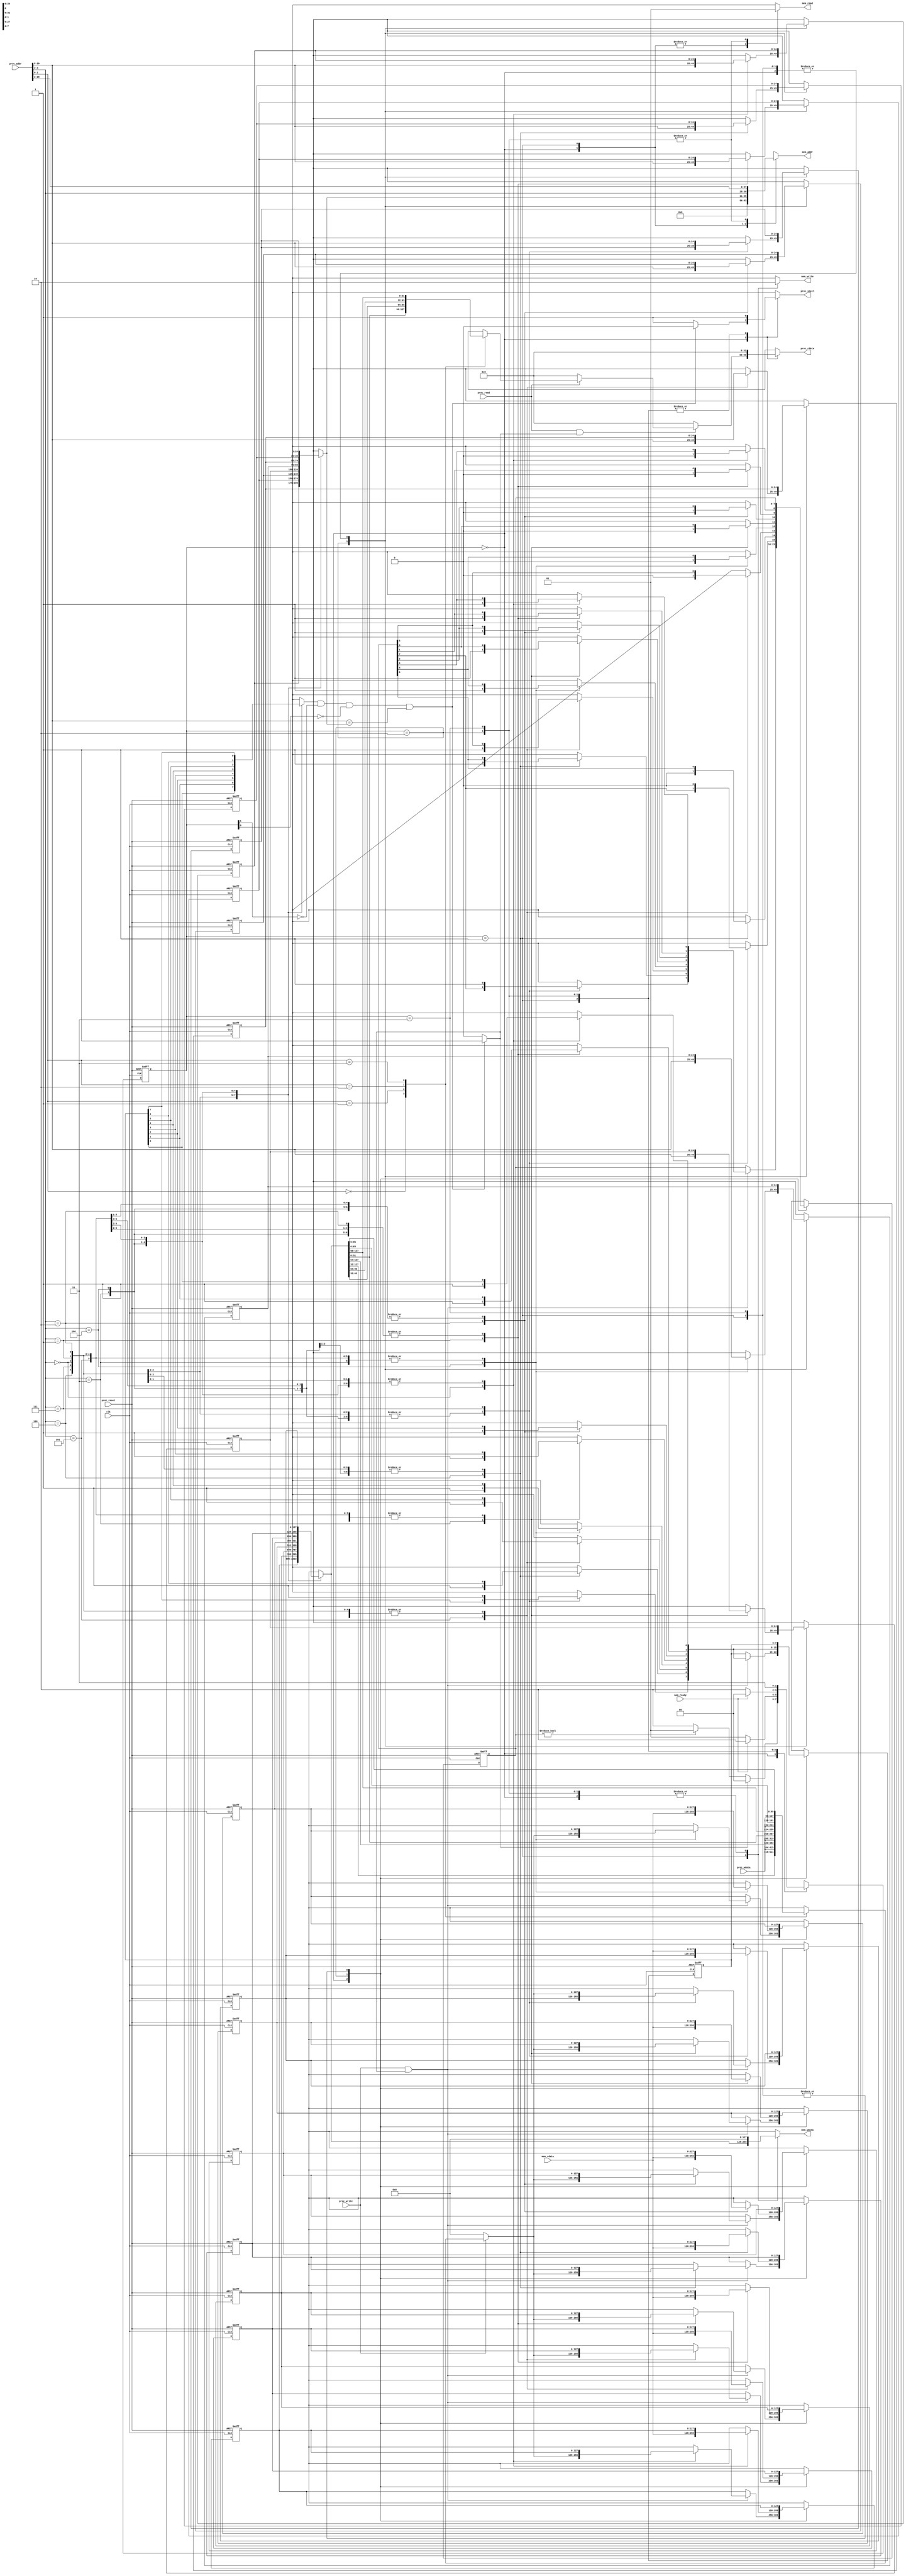
module cache(
    clk,
    proc_reset,
    proc_read,
    proc_write,
    proc_addr,
    proc_wdata,
    proc_stall,
    proc_rdata,
    mem_read,
    mem_write,
    mem_addr,
    mem_rdata,
    mem_wdata,
    mem_ready
);
    
//==== input/output definition ============================
    input          clk;
    // processor interface
    input          proc_reset;
    input          proc_read, proc_write;
    input   [29:0] proc_addr;
    input   [31:0] proc_wdata;
    output 	reg        proc_stall;
    output  reg [31:0] proc_rdata;
    // memory interface
    input  [127:0] mem_rdata;
    input          mem_ready;
    output   reg    mem_read, mem_write;
    output reg [27:0] mem_addr;
    output reg [127:0] mem_wdata;
    
//==== wire/reg definition ================================
    wire [1:0]read_and_write;
	assign read_and_write = {proc_read , proc_write};
	
	reg [127:0]block_0, block_1, block_2, block_3, block_4, block_5, block_6, block_7,block;
	reg [127:0]block_next_0, block_next_1, block_next_2, block_next_3, block_next_4, block_next_5, block_next_6, block_next_7, block_next;
	reg [7:0]dirty;
	reg [7:0]dirty_next;
	reg [7:0]valid;
	reg [7:0]valid_next;
	reg [24:0]tag_0, tag_1, tag_2, tag_3, tag_4, tag_5, tag_6, tag_7;
	reg [24:0]tag_next_0, tag_next_1, tag_next_2, tag_next_3, tag_next_4, tag_next_5, tag_next_6, tag_next_7;
	
	reg [31:0] block_to_read;
	reg [127:0]block_to_write;
	reg [24:0]tag;
	reg [1:0]block_offset;
	reg dirty_now;
	reg valid_now;
	reg [31:0] proc_wdata_place;
	reg [1:0] state, next_state;						//00:read/write 	01:write_to_mem		10:read_from_mem
	reg hit, stall;
	
//==== combinational circuit ==============================

	always@(*)							//handle the address
	begin
		case (proc_addr[4:2])
			3'b000:
				begin
					tag = tag_0;
					dirty_now = dirty[0];
					valid_now = valid[0];
					block = block_0;
				end
			3'b001:
				begin
					tag = tag_1;
					dirty_now = dirty[1];
					valid_now = valid[1];
					block = block_1;
				end
			3'b010:
				begin
					tag = tag_2;
					dirty_now = dirty[2];
					valid_now = valid[2];
					block = block_2;
				end
			3'b011:
				begin
					tag = tag_3;
					dirty_now = dirty[3];
					valid_now = valid[3];
					block = block_3;
				end
			3'b100:
				begin
					tag = tag_4;
					dirty_now = dirty[4];
					valid_now = valid[4];
					block = block_4;
				end
			3'b101:
				begin
					tag = tag_5;
					dirty_now = dirty[5];
					valid_now = valid[5];
					block = block_5;
				end
			3'b110:
				begin
					tag = tag_6;
					dirty_now = dirty[6];
					valid_now = valid[6];
					block = block_6;
				end
			3'b111:
				begin
					tag = tag_7;
					dirty_now = dirty[7];
					valid_now = valid[7];
					block = block_7;
				end
		endcase
	end
				
				
	always@(*)					//read from cache
	begin
	
		if (proc_read)
		begin
		
		case(proc_addr[1:0])
			2'b00:
				begin
					block_to_read = block[31:0];
				end
			2'b01:
				begin
					block_to_read = block[63:32];
				end
			2'b10:
				begin
					block_to_read = block[95:64];
				end
			2'b11:
				begin
					block_to_read = block[127:96];
				end
			endcase
		end
		
		else
		begin
			block_to_read = 32'b0;
		
		end
		
	end
	
	always@(*)					//proc write to cache
	begin
		if (proc_write)
		begin
		
			case (proc_addr[1:0])
			2'b00:
				begin
					block_to_write = {block[127:32], proc_wdata};
				end
			2'b01:
				begin
					block_to_write = {block[127:64], proc_wdata, block[31:0]};
				end
			2'b10:
				begin
					block_to_write = {block[127:96], proc_wdata, block[63:0]};
				end
			2'b11:
				begin
					block_to_write = {proc_wdata , block[95:0]};
				end
			endcase
		
		end
		
		else
		begin
			block_to_write = 128'd0;
		
		end
	end
	
	
	
	
	
	always@(*)					//hit or stall
	begin
		if (valid_now && ~state[1] && ~state[0] && (proc_addr[29:5] == tag ))
			begin
				hit = 1'b1;
				stall = 1'b0;
			end
		else
			begin
				hit = 1'b0;
				stall = 1'b1;
			end
	end
	
	always@(*)					//cache refresh
	begin
		case (state)
			2'b00:				//read and write
				begin
					tag_next_0 = tag_0;
					tag_next_1 = tag_1;
					tag_next_2 = tag_2;
					tag_next_3 = tag_3;
					tag_next_4 = tag_4;
					tag_next_5 = tag_5;
					tag_next_6 = tag_6;
					tag_next_7 = tag_7;
					
					if (proc_write && hit)
						begin
							case(proc_addr[4:2])
								3'b000:
									begin
										valid_next = valid;
										dirty_next = dirty;
										valid_next[0] = 1'b1;
										dirty_next[0] = 1'b1;
										block_next_0 = block_to_write;
										block_next_1 = block_1;
										block_next_2 = block_2;
										block_next_3 = block_3;
										block_next_4 = block_4;
										block_next_5 = block_5;
										block_next_6 = block_6;
										block_next_7 = block_7;
									end
								3'b001:
									begin
										valid_next = valid;
										dirty_next = dirty;
										valid_next[1] = 1'b1;
										dirty_next[1] = 1'b1;
										block_next_0 = block_0;
										block_next_1 = block_to_write;
										block_next_2 = block_2;
										block_next_3 = block_3;
										block_next_4 = block_4;
										block_next_5 = block_5;
										block_next_6 = block_6;
										block_next_7 = block_7;
									end
								3'b010:
									begin
										valid_next = valid;
										dirty_next = dirty;
										valid_next[2] = 1'b1;
										dirty_next[2] = 1'b1;
										block_next_0 = block_0;
										block_next_1 = block_1;
										block_next_2 = block_to_write;
										block_next_3 = block_3;
										block_next_4 = block_4;
										block_next_5 = block_5;
										block_next_6 = block_6;
										block_next_7 = block_7;
									end
								3'b011:
									begin
										valid_next = valid;
										dirty_next = dirty;
										valid_next[3] = 1'b1;
										dirty_next[3] = 1'b1;
										block_next_0 = block_0;
										block_next_1 = block_1;
										block_next_2 = block_2;
										block_next_3 = block_to_write;
										block_next_4 = block_4;
										block_next_5 = block_5;
										block_next_6 = block_6;
										block_next_7 = block_7;
									end
								3'b100:
									begin
										valid_next = valid;
										dirty_next = dirty;
										valid_next[4] = 1'b1;
										dirty_next[4] = 1'b1;
										block_next_0 = block_0;
										block_next_1 = block_1;
										block_next_2 = block_2;
										block_next_3 = block_3;
										block_next_4 = block_to_write;
										block_next_5 = block_5;
										block_next_6 = block_6;
										block_next_7 = block_7;
									end
								3'b101:
									begin
										valid_next = valid;
										dirty_next = dirty;
										valid_next[5] = 1'b1;
										dirty_next[5] = 1'b1;
										block_next_0 = block_0;
										block_next_1 = block_1;
										block_next_2 = block_2;
										block_next_3 = block_3;
										block_next_4 = block_4;
										block_next_5 = block_to_write;
										block_next_6 = block_6;
										block_next_7 = block_7;
									end
								3'b110:
									begin
										valid_next = valid;
										dirty_next = dirty;
										valid_next[6] = 1'b1;
										dirty_next[6] = 1'b1;
										block_next_0 = block_0;
										block_next_1 = block_1;
										block_next_2 = block_2;
										block_next_3 = block_3;
										block_next_4 = block_4;
										block_next_5 = block_5;
										block_next_6 = block_to_write;
										block_next_7 = block_7;
									end
								3'b111:
									begin
										valid_next = valid;
										dirty_next = dirty;
										valid_next[7] = 1'b1;
										dirty_next[7] = 1'b1;
										block_next_0 = block_0;
										block_next_1 = block_1;
										block_next_2 = block_2;
										block_next_3 = block_3;
										block_next_4 = block_4;
										block_next_5 = block_5;
										block_next_6 = block_6;
										block_next_7 = block_to_write;
									end
								endcase
						end
					
					else
						begin
							valid_next = valid;
							dirty_next = dirty;
							
							block_next_0 = block_0;
							block_next_1 = block_1;
							block_next_2 = block_2;
							block_next_3 = block_3;
							block_next_4 = block_4;
							block_next_5 = block_5;
							block_next_6 = block_6;
							block_next_7 = block_7;
						end
				end
			
			2'b01:					//write_to_mem
				begin
					valid_next = valid;
					dirty_next = dirty;				
							
					tag_next_0 = tag_0;
					tag_next_1 = tag_1;
					tag_next_2 = tag_2;
					tag_next_3 = tag_3;
					tag_next_4 = tag_4;
					tag_next_5 = tag_5;
					tag_next_6 = tag_6;
					tag_next_7 = tag_7;
							
					block_next_0 = block_0;
					block_next_1 = block_1;
					block_next_2 = block_2;
					block_next_3 = block_3;
					block_next_4 = block_4;
					block_next_5 = block_5;
					block_next_6 = block_6;
					block_next_7 = block_7;
				end
			2'b10:			//mem write to cache
				begin
					case (proc_addr[4:2])
						3'b000:
							begin
							valid_next = valid;
							dirty_next = dirty;
							valid_next[0] = 1'b1;
							dirty_next[0] = 1'b0;
							
							tag_next_0 = proc_addr[29:5];
							tag_next_1 = tag_1;
							tag_next_2 = tag_2;
							tag_next_3 = tag_3;
							tag_next_4 = tag_4;
							tag_next_5 = tag_5;
							tag_next_6 = tag_6;
							tag_next_7 = tag_7;
							
							block_next_0 = mem_rdata;
							block_next_1 = block_1;
							block_next_2 = block_2;
							block_next_3 = block_3;
							block_next_4 = block_4;
							block_next_5 = block_5;
							block_next_6 = block_6;
							block_next_7 = block_7;
							end
						
						3'b001:
							begin
							valid_next = valid;
							dirty_next = dirty;
							valid_next[1] = 1'b1;
							dirty_next[1] = 1'b0;
							
							tag_next_0 = tag_0;
							tag_next_1 = proc_addr[29:5];
							tag_next_2 = tag_2;
							tag_next_3 = tag_3;
							tag_next_4 = tag_4;
							tag_next_5 = tag_5;
							tag_next_6 = tag_6;
							tag_next_7 = tag_7;
							
							block_next_0 = block_0;
							block_next_1 = mem_rdata;
							block_next_2 = block_2;
							block_next_3 = block_3;
							block_next_4 = block_4;
							block_next_5 = block_5;
							block_next_6 = block_6;
							block_next_7 = block_7;	
						
							end
							
						3'b010:
							begin
							valid_next = valid;
							dirty_next = dirty;
							valid_next[2] = 1'b1;
							dirty_next[2] = 1'b0;
							
							tag_next_0 = tag_0;
							tag_next_1 = tag_1;
							tag_next_2 = proc_addr[29:5];
							tag_next_3 = tag_3;
							tag_next_4 = tag_4;
							tag_next_5 = tag_5;
							tag_next_6 = tag_6;
							tag_next_7 = tag_7;
							
							block_next_0 = block_0;
							block_next_1 = block_1;
							block_next_2 = mem_rdata;
							block_next_3 = block_3;
							block_next_4 = block_4;
							block_next_5 = block_5;
							block_next_6 = block_6;
							block_next_7 = block_7;	
													
							end
							
						3'b011:
							begin
							valid_next = valid;
							dirty_next = dirty;
							valid_next[3] = 1'b1;
							dirty_next[3] = 1'b0;
							
							tag_next_0 = tag_0;
							tag_next_1 = tag_1;
							tag_next_2 = tag_2;
							tag_next_3 = proc_addr[29:5];
							tag_next_4 = tag_4;
							tag_next_5 = tag_5;
							tag_next_6 = tag_6;
							tag_next_7 = tag_7;
							
							block_next_0 = block_0;
							block_next_1 = block_1;
							block_next_2 = block_2;
							block_next_3 = mem_rdata;
							block_next_4 = block_4;
							block_next_5 = block_5;
							block_next_6 = block_6;
							block_next_7 = block_7;	
													
							end
							
						3'b100:
							begin
							valid_next = valid;
							dirty_next = dirty;
							valid_next[4] = 1'b1;
							dirty_next[4] = 1'b0;
							
							tag_next_0 = tag_0;
							tag_next_1 = tag_1;
							tag_next_2 = tag_2;
							tag_next_3 = tag_3;
							tag_next_4 = proc_addr[29:5];
							tag_next_5 = tag_5;
							tag_next_6 = tag_6;
							tag_next_7 = tag_7;
							
							block_next_0 = block_0;
							block_next_1 = block_1;
							block_next_2 = block_2;
							block_next_3 = block_3;
							block_next_4 = mem_rdata;
							block_next_5 = block_5;
							block_next_6 = block_6;
							block_next_7 = block_7;	
													
							end
							
						3'b101:
							begin
							valid_next = valid;
							dirty_next = dirty;
							valid_next[5] = 1'b1;
							dirty_next[5] = 1'b0;
							
							tag_next_0 = tag_0;
							tag_next_1 = tag_1;
							tag_next_2 = tag_2;
							tag_next_3 = tag_3;
							tag_next_4 = tag_4;
							tag_next_5 = proc_addr[29:5];
							tag_next_6 = tag_6;
							tag_next_7 = tag_7;
							
							block_next_0 = block_0;
							block_next_1 = block_1;
							block_next_2 = block_2;
							block_next_3 = block_3;
							block_next_4 = block_4;
							block_next_5 = mem_rdata;
							block_next_6 = block_6;
							block_next_7 = block_7;	
													
							end
							
						3'b110:
							begin
							valid_next = valid;
							dirty_next = dirty;
							valid_next[6] = 1'b1;
							dirty_next[6] = 1'b0;
							
							tag_next_0 = tag_0;
							tag_next_1 = tag_1;
							tag_next_2 = tag_2;
							tag_next_3 = tag_3;
							tag_next_4 = tag_4;
							tag_next_5 = tag_5;
							tag_next_6 = proc_addr[29:5];
							tag_next_7 = tag_7;
							
							block_next_0 = block_0;
							block_next_1 = block_1;
							block_next_2 = block_2;
							block_next_3 = block_3;
							block_next_4 = block_4;
							block_next_5 = block_5;
							block_next_6 = mem_rdata;
							block_next_7 = block_7;	
													
							end
							
						3'b111:
							begin
							valid_next = valid;
							dirty_next = dirty;
							valid_next[7] = 1'b1;
							dirty_next[7] = 1'b0;
							
							tag_next_0 = tag_0;
							tag_next_1 = tag_1;
							tag_next_2 = tag_2;
							tag_next_3 = tag_3;
							tag_next_4 = tag_4;
							tag_next_5 = tag_5;
							tag_next_6 = tag_6;
							tag_next_7 = proc_addr[29:5];
							
							block_next_0 = block_0;
							block_next_1 = block_1;
							block_next_2 = block_2;
							block_next_3 = block_3;
							block_next_4 = block_4;
							block_next_5 = block_5;
							block_next_6 = block_6;
							block_next_7 = mem_rdata;					
							end
					endcase
				end
			
			2'b11:					//nothing
				begin
					valid_next = valid;
					dirty_next = dirty;				
							
					tag_next_0 = tag_0;
					tag_next_1 = tag_1;
					tag_next_2 = tag_2;
					tag_next_3 = tag_3;
					tag_next_4 = tag_4;
					tag_next_5 = tag_5;
					tag_next_6 = tag_6;
					tag_next_7 = tag_7;
							
					block_next_0 = block_0;
					block_next_1 = block_1;
					block_next_2 = block_2;
					block_next_3 = block_3;
					block_next_4 = block_4;
					block_next_5 = block_5;
					block_next_6 = block_6;
					block_next_7 = block_7;
				end
	
			endcase	
	end
	
	always@(*)					//handle the output
	begin
		case(state)
			2'b00:				//read/write
				begin
					proc_stall = stall;
					mem_read = 1'b0;
					mem_write= 1'b0;
					mem_addr = 28'b0;
					mem_wdata= 128'b0;
					if (proc_read && hit)
						begin
							proc_rdata = block_to_read;
						end
					else
						begin
							proc_rdata = 32'b0;
						end
				
				end
			2'b01:				//write to memory
				begin
					proc_stall = 1'b1;
					proc_rdata = 32'b0;
					mem_read = 1'b0;
					mem_write= 1'b1;
					mem_addr = {tag , proc_addr[4:2]};
					mem_wdata= block;
				end
				
			2'b10:				//write from memory
				begin
					proc_stall = 1'b1;
					proc_rdata = 32'b0;
					mem_read = 1'b1;
					mem_write= 1'b0;
					mem_addr = proc_addr[29:2];					
					mem_wdata=128'b0;
					
				end
			2'b11:
				begin
					proc_stall = 1'b1;
					proc_rdata = 32'b0;
					mem_read = 1'b1;
					mem_write= 1'b0;
					mem_addr = proc_addr[29:2];					
					mem_wdata=128'b0;
					
				end
		endcase
	end
	
	always@(*)						//next_state
	begin
		case(state)
			2'b00:					//read and write
				begin
					if (hit)
						begin
							next_state = 2'b00;
						end
					else if (dirty)
						begin
							next_state = 2'b01;
						end
					else
						begin
							next_state = 2'b10;
						end
				end
		
			2'b01:					//write back to memory
				begin
					if (mem_ready)
						begin
						next_state = 2'b10;
						end
					else
						begin
						next_state = 2'b01;
						end
				end
				
			2'b10:					//read from memory
				begin
					if (mem_ready)
						begin
							next_state = 2'b00;
						end
					else
						begin
							next_state = 2'b10;
						end
				end
			
			2'b11:
				begin
					next_state = 2'b11;
				end
			endcase
	end
	
	
	


//==== sequential circuit =================================



always@( posedge clk or posedge proc_reset ) begin
    if( proc_reset ) begin
			state <= 2'b00;
			
			block_0 <= 128'b0;
			block_1 <= 128'b0;
			block_2 <= 128'b0;
			block_3 <= 128'b0;
			block_4 <= 128'b0;
			block_5 <= 128'b0;
			block_6 <= 128'b0;
			block_7 <= 128'b0;
			
			valid <= 8'd0;
			dirty <= 8'd0;
							
			tag_0 <= 25'd0;
			tag_1 <= 25'd0;
			tag_2 <= 25'd0;
			tag_3 <= 25'd0;
			tag_4 <= 25'd0;
			tag_5 <= 25'd0;
			tag_6 <= 25'd0;
			tag_7 <= 25'd0;
	
    end
    else begin
	
		valid <= valid_next;
		dirty <= dirty_next;
		
		tag_0 <= tag_next_0;
		tag_1 <= tag_next_1;
		tag_2 <= tag_next_2;
		tag_3 <= tag_next_3;
		tag_4 <= tag_next_4;
		tag_5 <= tag_next_5;
		tag_6 <= tag_next_6;
		tag_7 <= tag_next_7;
	
		state <= next_state;
		
		block_0 <= block_next_0;
		block_1 <= block_next_1;
		block_2 <= block_next_2;
		block_3 <= block_next_3;
		block_4 <= block_next_4;
		block_5 <= block_next_5;
		block_6 <= block_next_6;
		block_7 <= block_next_7;
		
    
    end
end

endmodule